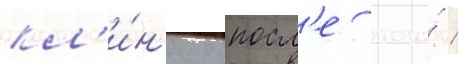
кл'и́н'ику посл'е того́ /